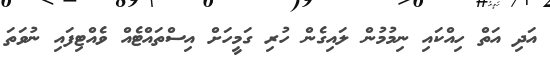
އަދި އަތް ހިއްކައި ނިމުމުން ލައިގެން ހުރި ގަމީހަށް އިސްތައްޓެއް ވެއްޓިފައި ނުވަތަ